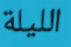
الليلة